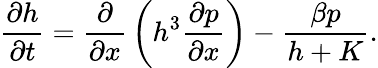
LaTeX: {\frac{\partial h}{\partial t}}={\frac{\partial}{\partial x}}\left(h^{3}{\frac{\partial p}{\partial x}}\right)-\frac{\beta p}{h+K}.